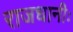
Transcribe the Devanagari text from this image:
राजधानीः